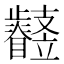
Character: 𣦳